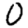
Digit: 0